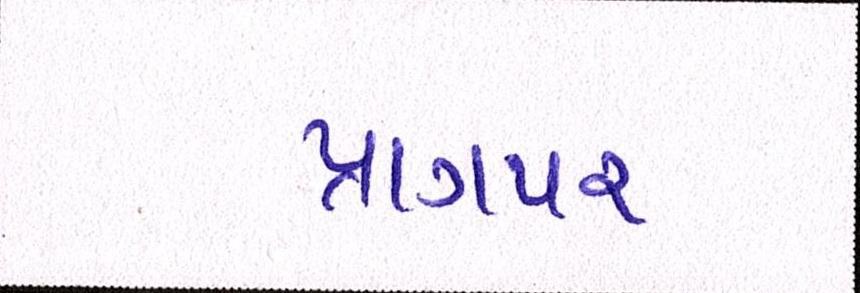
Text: પ્રાગપર